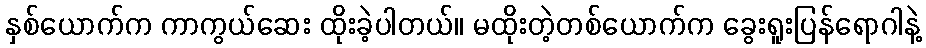
နှစ်ယောက်က ကာကွယ်ဆေး ထိုးခဲ့ပါတယ်။ မထိုးတဲ့တစ်ယောက်က ခွေးရူးပြန်ရောဂါနဲ့